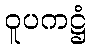
ဝူပကဋ္ဌံ